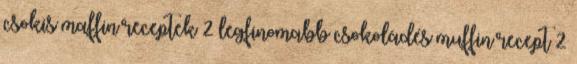
csokis maffin receptek 2 legfinomabb csokoládés muffin recept 2